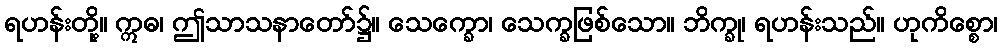
ရဟန်းတို့။ ဣဓ၊ ဤသာသနာတော်၌။ သေက္ခော၊ သေက္ခဖြစ်သော။ ဘိက္ခု၊ ရဟန်းသည်။ ဟုကိစ္စော၊